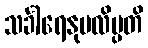
သင်္ခါရေနုပလိပ္ပတိ